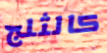
كالثلج